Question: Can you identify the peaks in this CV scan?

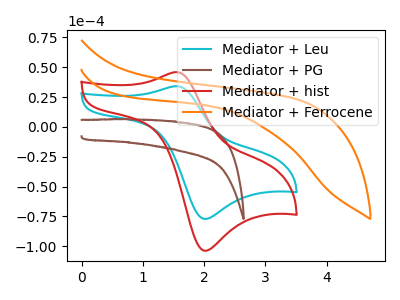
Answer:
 <answer>The cyan curve "Mediator + Leu" has an anodic peak at (1.55V, 34.05uA) and a cathodic peak at (2.00V, -77.05uA). The brown curve "Mediator + PG" has no peaks. The red curve "Mediator + hist" has an anodic peak at (1.55V, 45.85uA) and a cathodic peak at (2.00V, -103.70uA). The orange curve "Mediator + Ferrocene" has no peaks.</answer>
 <eval></eval>